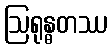
ဩရုန္ဓတဿ